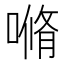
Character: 𰈣